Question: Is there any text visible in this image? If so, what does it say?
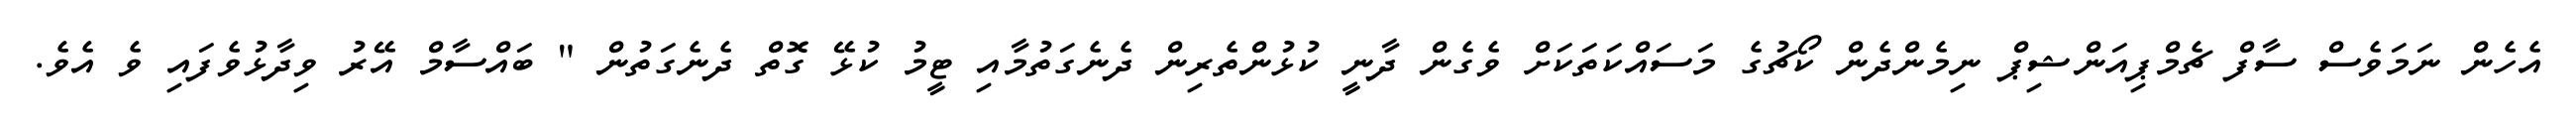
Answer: އެހެން ނަމަވެސް ސާފް ޗެމްޕިއަންޝިޕް ނިމެންދެން ކޯޗުގެ މަސައްކަތަކަށް ވެގެން ދާނީ ކުޅުންތެރިން ދެނެގަތުމާއި ޓީމު ކުޅޭ ގޮތް ދެނެގަތުން " ބައްސާމް އޭރު ވިދާޅުވެފައި ވެ އެވެ.